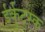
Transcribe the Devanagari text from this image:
ईर्कुट्स्क